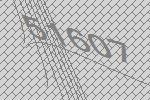
51607